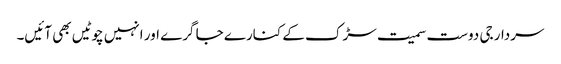
سردار جی دوست سمیت سڑک کے کنارے جا گرے اور انہیں چوٹیں بھی آئیں۔